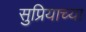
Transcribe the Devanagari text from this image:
सुप्रियाच्या